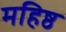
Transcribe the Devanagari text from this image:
महिष्ठ